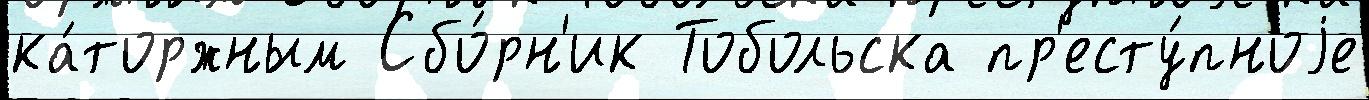
ка́торжным Сбо́рн'ик Тобольска пр'есту́пноjе